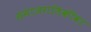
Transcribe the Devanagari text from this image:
समाजगतिकीवर